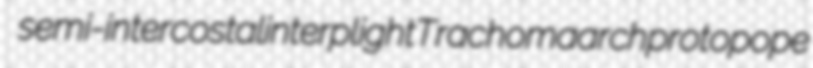
semi-intercostal interplight Trachoma archprotopope